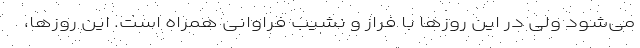
می‌شود ولی در این روزها با فراز و نشیب فراوانی همراه است. این روزها،